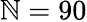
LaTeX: \mathbb{N}=90